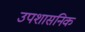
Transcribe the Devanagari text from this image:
उपशासनिक